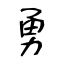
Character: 勇